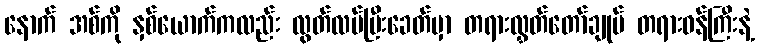
နောက် အစ်ကို နှစ်ယောက်ကလည်း လွတ်လပ်ပြီးခေတ်မှာ တရားလွှတ်တော်ချုပ် တရားဝန်ကြီးနဲ့